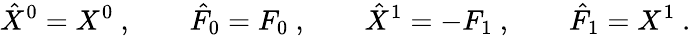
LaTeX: \hat{X}^{0}=X^{0}\ ,\qquad\hat{F}_{0}=F_{0}\ ,\qquad\hat{X}^{1}=-F_{1}\ ,\qquad\hat{F}_{1}=X^{1}\ .